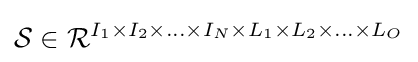
{\mathcal {S}}\in {\mathcal {R}}^{I_{1}\times I_{2}\times \ldots \times I_{N}\times L_{1}\times L_{2}\times ...\times L_{O}}